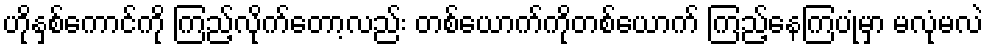
ဟိုနှစ်ကောင်ကို ကြည့်လိုက်တော့လည်း တစ်ယောက်ကိုတစ်ယောက် ကြည့်နေကြပုံမှာ မလုံမလဲ